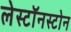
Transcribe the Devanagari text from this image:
लेस्टॉनस्टोन